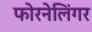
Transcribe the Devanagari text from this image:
फोरनेलिंगर